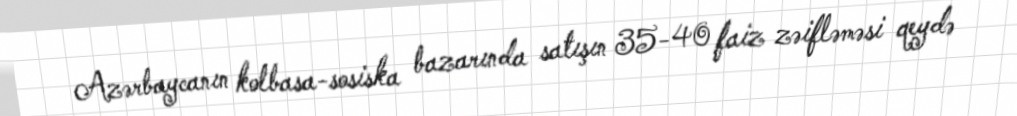
Azərbaycanın kolbasa-sosiska bazarında satışın 35-40 faiz zəifləməsi qeydə